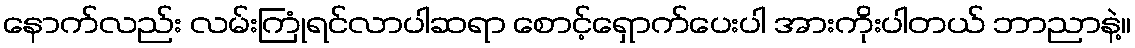
နောက်လည်း လမ်းကြုံရင်လာပါဆရာ စောင့်ရှောက်ပေးပါ အားကိုးပါတယ် ဘာညာနဲ့။